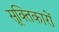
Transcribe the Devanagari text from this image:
सूक्तिकारों